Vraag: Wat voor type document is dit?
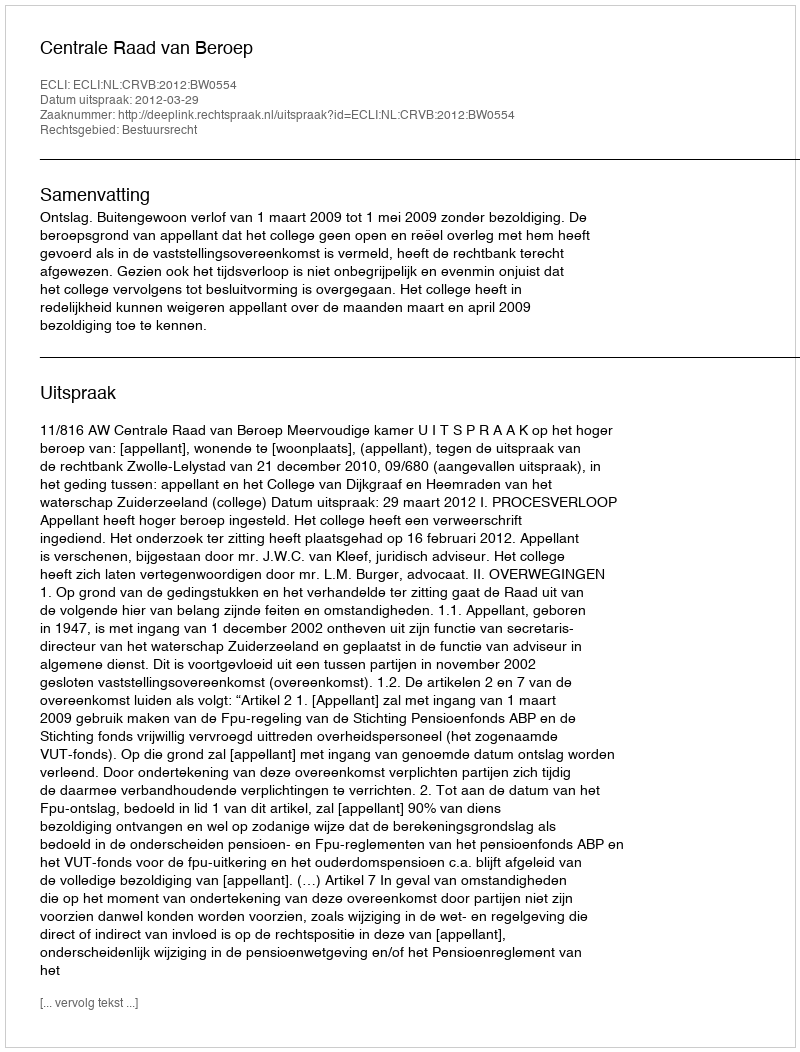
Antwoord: Uitspraak